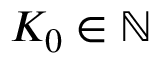
K _ { 0 } \in \mathbb { N }